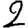
Digit: 2